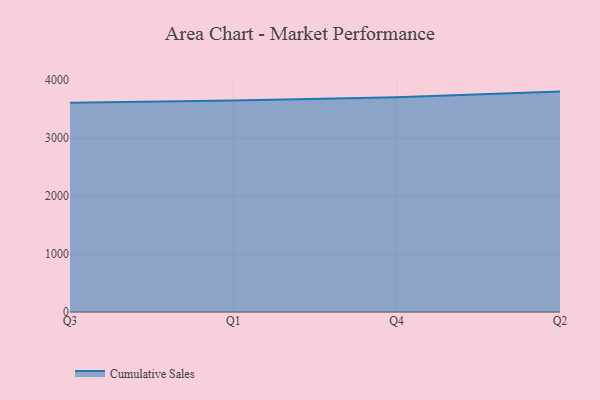
{"axis": {"x": "Quarter", "y": "Backlog"}, "legend": ["Cumulative Sales"], "data": [{"x": "Q3", "y": 3612.8, "type": "Cumulative Sales"}, {"x": "Q1", "y": 3652.1, "type": "Cumulative Sales"}, {"x": "Q4", "y": 3706.9, "type": "Cumulative Sales"}, {"x": "Q2", "y": 3804.0, "type": "Cumulative Sales"}]}